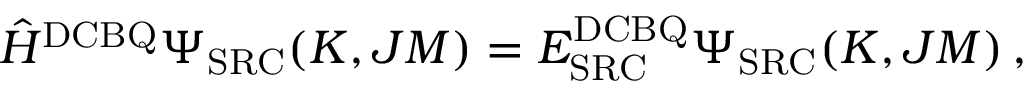
\begin{array} { r } { \hat { H } ^ { \mathrm { D C B Q } } \Psi _ { \mathrm { S R C } } ( K , J M ) = E _ { \mathrm { S R C } } ^ { \mathrm { D C B Q } } \Psi _ { \mathrm { S R C } } ( K , J M ) \, , } \end{array}